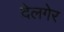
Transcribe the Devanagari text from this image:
देलगेर